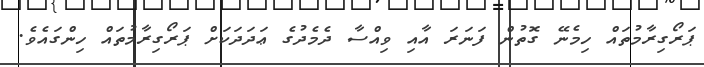
ޕަރޯގިރާމުތައް ހިމެނޭ ގޮތުން ފަނަރަ އާއި ވިއްސާ ދެމެދުގެ ޢަދަދަކަށް ޕަރޯގިރާމުތައް ހިންގައެވެ.